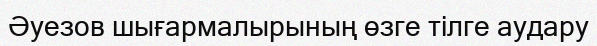
Әуезов шығармалырының өзге тілге аудару